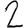
Digit: 2